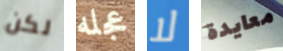
لكن عجله لا معايدة